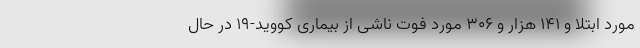
مورد ابتلا و ۱۴۱ هزار و ۳۰۶ مورد فوت ناشی از بیماری کووید-۱۹ در حال